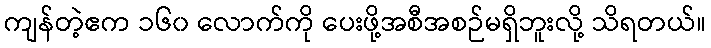
ကျန်တဲ့ဧက ၁၆၀ လောက်ကို ပေးဖို့အစီအစဉ်မရှိဘူးလို့ သိရတယ်။